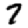
Digit: 7